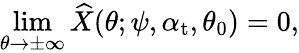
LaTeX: \operatorname*{lim}_{\theta\rightarrow\pm\infty}\widehat{X}(\theta;\psi,\alpha_{\mathrm{{t}}},\theta_{0})=0,